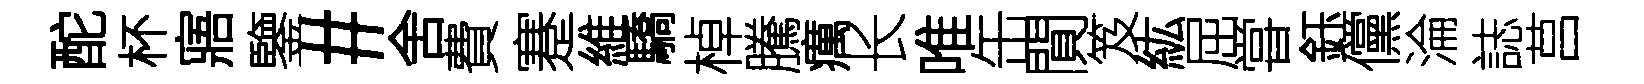
酡杯寤鑒#舍費蹇維驕棹騰癘长唯缶閴笈紘屈甞鈺儻淪誌莒